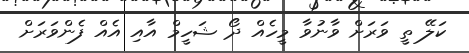
ކަލޭ ތީ ވަރަށް ވާނުވާ މީހެއް ދޯ ޝަހީމް އާއި އެއް ފެންވަރަށް